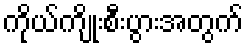
ကိုယ်ကျိုးစီးပွားအတွက်